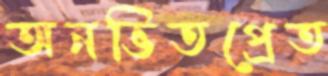
অনভিতপ্রেত